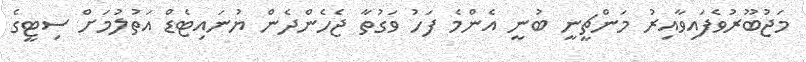
މަޖުބޫރުވެފައިވާއިރު މަންޗީނީ ބުނީ އެންމެ ފަހު ވަގުތާ ޖެހެންދެން ޔުނައިޓެޑް އަތުލުމަށް ސިޓީގެ